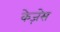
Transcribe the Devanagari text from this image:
केज़ेस